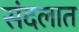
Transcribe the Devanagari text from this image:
संदलात